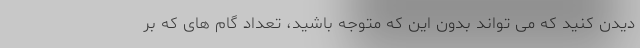
دیدن کنید که می تواند بدون این که متوجه باشید، تعداد گام های که بر